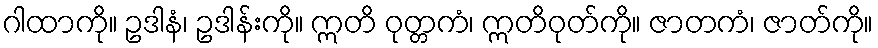
ဂါထာကို။ ဥဒါနံ၊ ဥဒါန်းကို။ ဣတိ ဝုတ္တကံ၊ ဣတိဝုတ်ကို။ ဇာတကံ၊ ဇာတ်ကို။